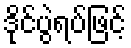
ဒိုင်ပွဲရပ်ဖြင့်